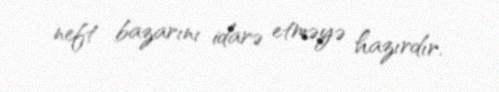
neft bazarını idarə etməyə hazırdır.